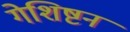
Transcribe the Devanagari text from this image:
गेशिष्टन